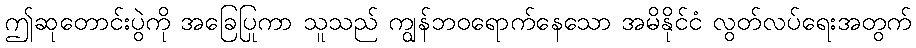
ဤဆုတောင်းပွဲကို အခြေပြုကာ သူသည် ကျွန်ဘဝရောက်နေသော အမိနိုင်ငံ လွတ်လပ်ရေးအတွက်